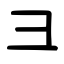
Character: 彐